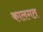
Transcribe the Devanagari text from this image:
कालगत